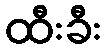
ထီးခီး